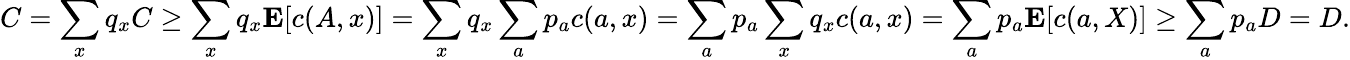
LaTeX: C=\sum_{x}q_{x}C\geq\sum_{x}q_{x}\mathbf{E}[c(A,x)]=\sum_{x}q_{x}\sum_{a}p_{a}c(a,x)=\sum_{a}p_{a}\sum_{x}q_{x}c(a,x)=\sum_{a}p_{a}\mathbf{E}[c(a,X)]\geq\sum_{a}p_{a}D=D.